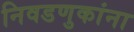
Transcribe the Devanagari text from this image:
निवडणुकांना